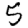
Digit: 5